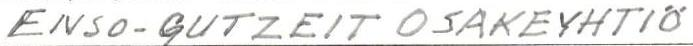
ENSO-GUTZEIT OSAKEYHTIÖ